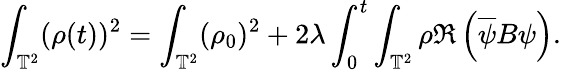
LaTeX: \int_{\mathbb{T}^{2}}(\rho(t))^{2}=\int_{\mathbb{T}^{2}}(\rho_{0})^{2}+2\lambda\int_{0}^{t}\int_{\mathbb{T}^{2}}\rho\Re\left(\overline{{\psi}}B\psi\right).